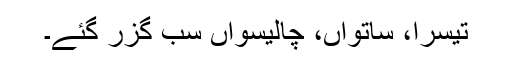
تیسرا، ساتواں، چالیسواں سب گزر گئے۔